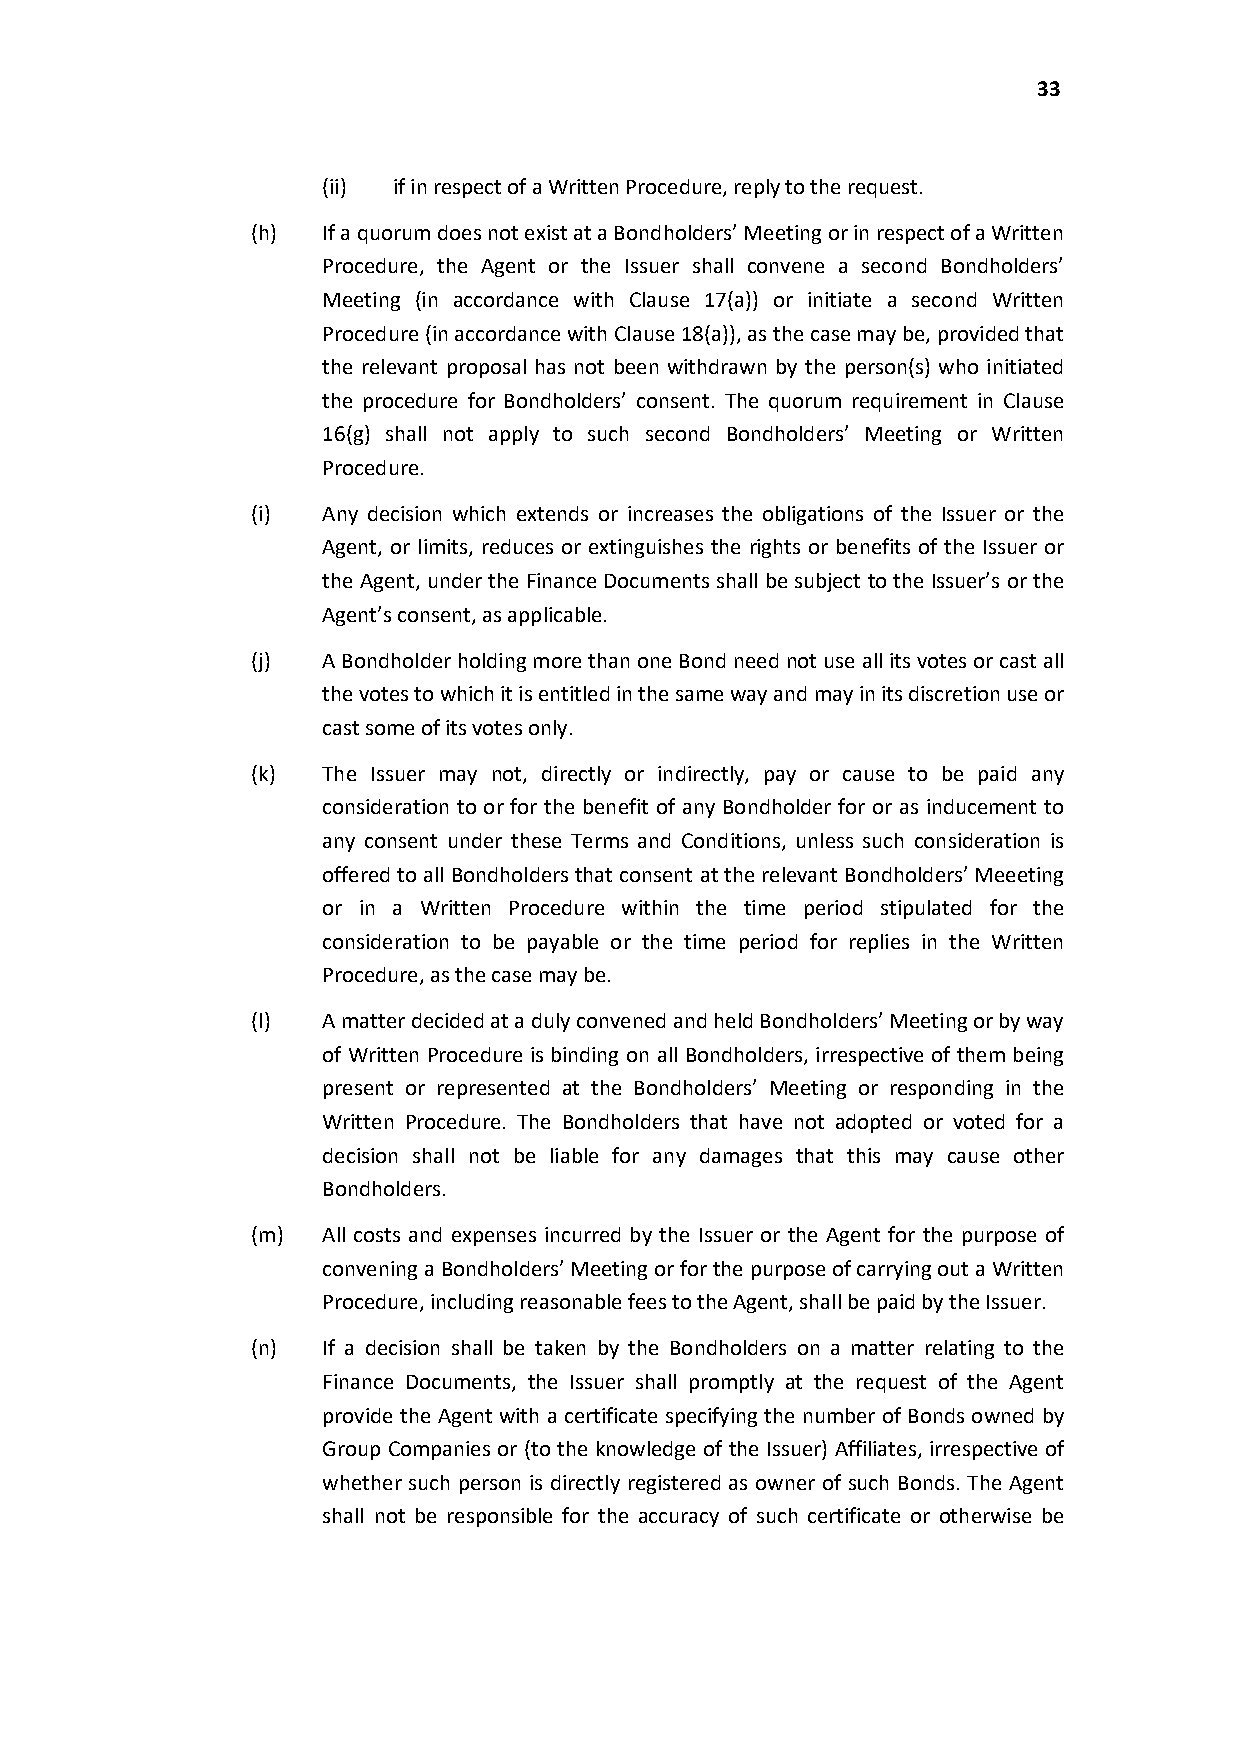
33
 (ii) if in respect of a Written Procedure, reply to the request.
 (h) If a quorum does not exist at a Bondholders’ Meeting or in respect of a Written
 Procedure, the Agent or the Issuer shall convene a second Bondholders’
 Meeting (in accordance with Clause 17(a)) or initiate a second Written
 Procedure (in accordance with Clause 18(a)), as the case may be, provided that
 the relevant proposal has not been withdrawn by the person(s) who initiated
 the procedure for Bondholders’ consent. The quorum requirement in Clause
 16(g) shall not apply to such second Bondholders’ Meeting or Written
 Procedure.
 (i) Any decision which extends or increases the obligations of the Issuer or the
 Agent, or limits, reduces or extinguishes the rights or benefits of the Issuer or
 the Agent, under the Finance Documents shall be subject to the Issuer’s or the
 Agent’s consent, as applicable.
 (j) A Bondholder holding more than one Bond need not use all its votes or cast all
 the votes to which it is entitled in the same wayand may in its discretion use or
 cast some of its votes only.
 (k) The Issuer may not, directly or indirectly, pay or cause to be paid any
 consideration to or for the benefit of any Bondholder for or as inducement to
 any consent under these Terms and Conditions, unless such consideration is
 offered to all Bondholders that consent at the relevant Bondholders’ Meeeting
 or in a Written Procedure within the time period stipulated for the
 consideration to be payable or the time period for replies in the Written
 Procedure, as the case may be.
 (l) A matter decided at a dulyconvened and held Bondholders’ Meeting or by way
 of Written Procedure is binding on all Bondholders, irrespective of them being
 present or represented at the Bondholders’ Meeting or responding in the
 Written Procedure. The Bondholders that have not adopted or voted for a
 decision shall not be liable for any damages that this may cause other
 Bondholders.
 (m) All costs and expenses incurred by the Issuer or the Agent for the purpose of
 convening a Bondholders’ Meeting or for the purpose of carrying out a Written
 Procedure, including reasonable fees to the Agent, shall be paid by the Issuer.
 (n) If a decision shall be taken by the Bondholders on a matter relating to the
 Finance Documents, the Issuer shall promptly at the request of the Agent
 provide the Agent with a certificate specifying the number of Bonds owned by
 Group Companies or (to the knowledge of the Issuer) Affiliates, irrespective of
 whether such person is directly registered as owner of such Bonds. The Agent
 shall not be responsible for the accuracy of such certificate or otherwise be